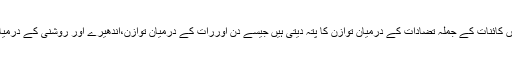
سفیداورسیاہ پٹیاں کائنات کے جملہ تضادات کے درمیان توازن کا پتہ دیتی ہیں جیسے دن اوررات کے درمیان توازن،اندھیرے اور روشنی کے درمیان توازن وغیرہ۔